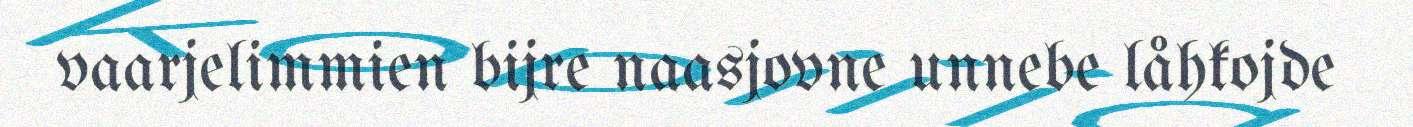
vaarjelimmien bijre naasjovne unnebe låhkojde